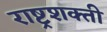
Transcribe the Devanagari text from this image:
राष्ट्रशक्ती